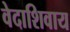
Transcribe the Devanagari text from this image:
वेदाशिवाय